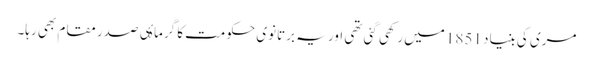
مری کی بنیاد 1851 میں رکھی گئی تھی اور یہ برتانوی حکومت کا گرماۂی صدر مقام بھی رہا۔